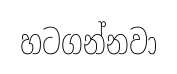
හටගන්නවා